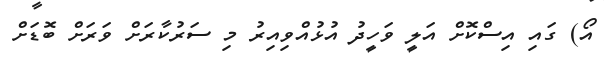
އޯ) ގައި އިސްކޮށް އަލީ ވަހީދު އުޅުއްވިއިރު މި ސަރުކާރަށް ވަރަށް ބޮޑަށް